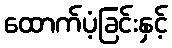
ထောက်ပံ့ခြင်းနှင့်